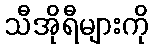
သီအိုရီများကို